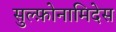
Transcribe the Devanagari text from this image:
सुल्फ़ोनामिदेस